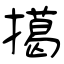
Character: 擖